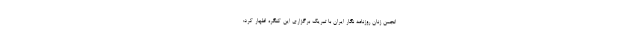
انجمن زنان روزنامه نگار ایران با تبریک برگزاری این کنگره اظهار کرد: